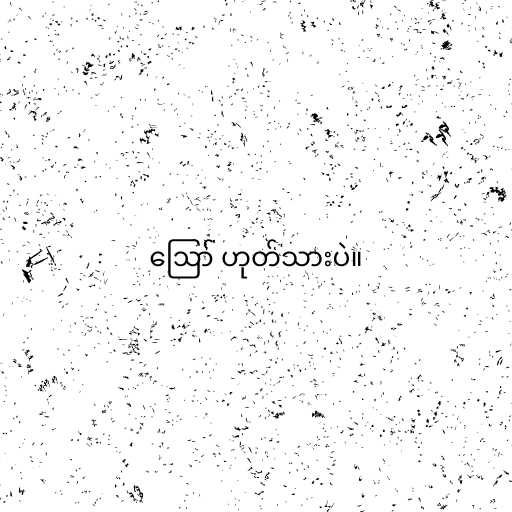
ဪ ဟုတ်သားပဲ။